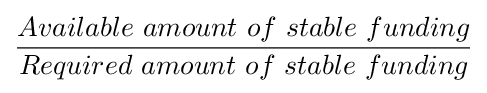
{\frac {Available\ amount\ of\ stable\ funding}{Required\ amount\ of\ stable\ funding}}